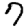
Digit: 7